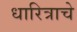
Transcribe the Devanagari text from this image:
धारित्राचे